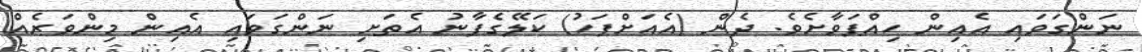
ނަންގަވައި އެއިން ހިއްޕަވާށެވެ. ދެން (އެއަށްފަހު) ކަލޭގެފާނު އެތަށި ނަންގަވައި އެއިން މިންވަރެއް